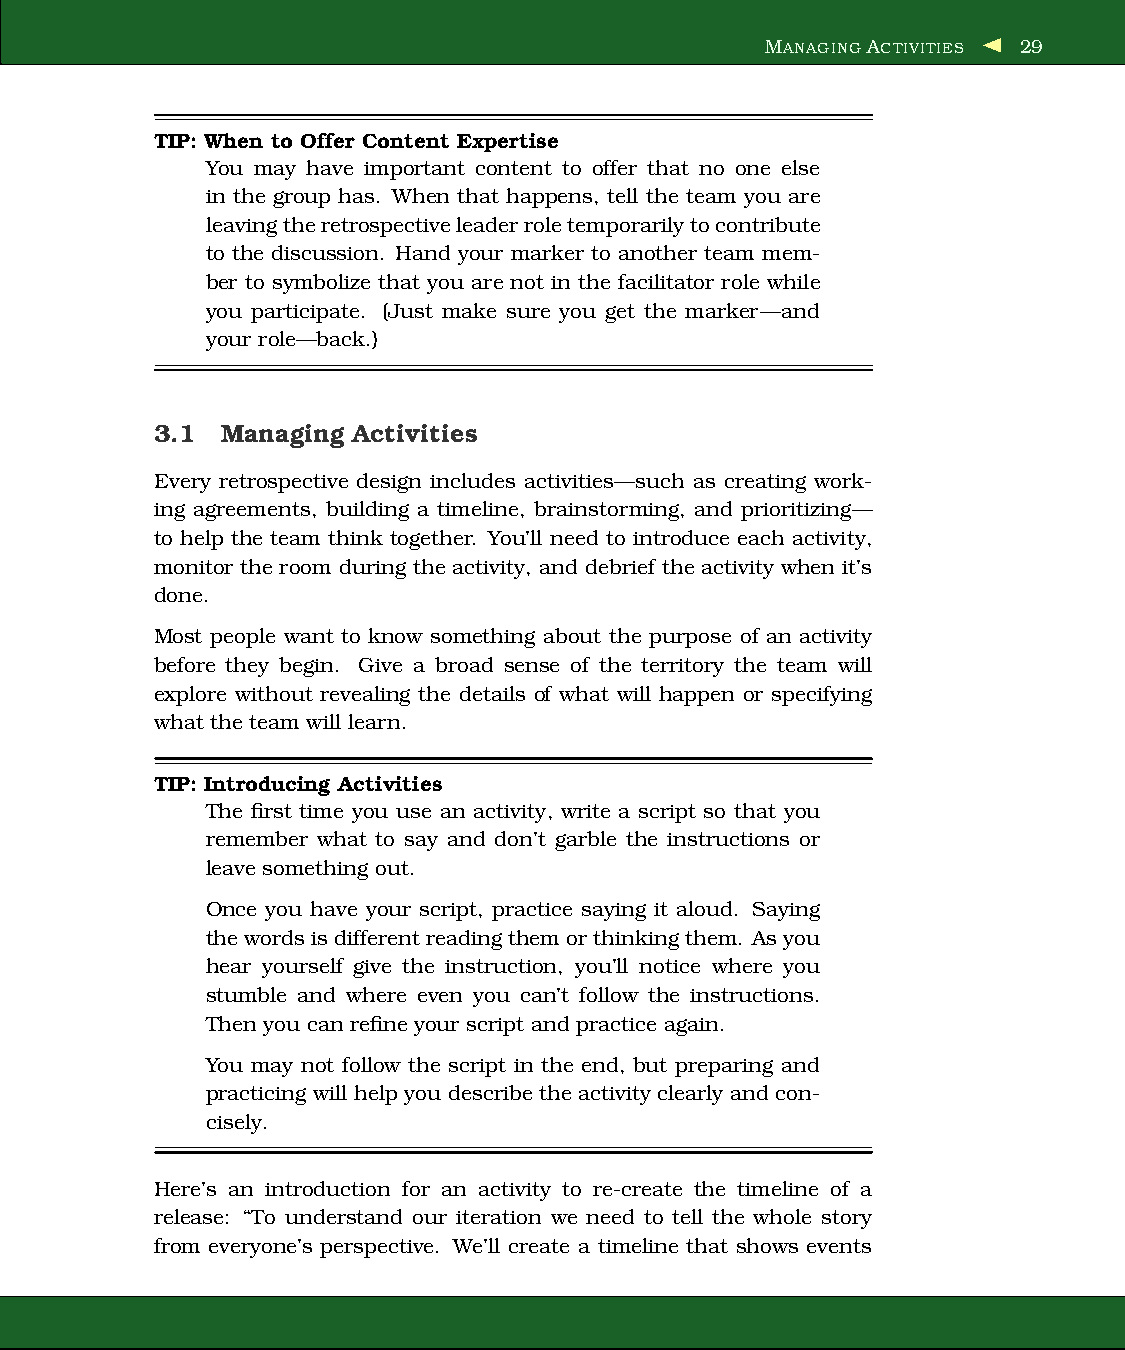
MANAGING ACTIVITIES 29
 TIP: When to Offer Content Expertise
 You may have important content to offer that no one else
 in the group has. When that happens, tell the team you are
 leavingtheretrospectiveleaderroletemporarilytocontribute
 to the discussion. Hand your marker to another team mem-
 ber to symbolize that you are not in the facilitator role while
 you participate. (Just make sure you get the marker—and
 your role—back.)
 3.1  Managing Activities
 Every retrospective design includes activities—such as creating work-
 ing agreements, building a timeline, brainstorming, and prioritizing—
 to help the team think together. You’ll need to introduce each activity,
 monitor the room during the activity, and debrief the activity when it’s
 done.
 Most people want to know something about the purpose of an activity
 before they begin. Give a broad sense of the territory the team will
 explore without revealing the details of what will happen or specifying
 what the team will learn.
 TIP: Introducing Activities
 The first time you use an activity, write a script so that you
 remember what to say and don’t garble the instructions or
 leave something out.
 Once you have your script, practice saying it aloud. Saying
 thewordsisdifferentreadingthemor thinkingthem. As you
 hear yourself give the instruction, you’ll notice where you
 stumble and where even you can’t follow the instructions.
 Then you can refine your script and practice again.
 You may not follow the script in the end, but preparing and
 practicing will help you describe the activity clearly and con-
 cisely.
 Here’s an introduction for an activity to re-create the timeline of a
 release: “To understand our iteration we need to tell the whole story
 from everyone’s perspective. We’ll create a timeline that shows events